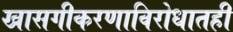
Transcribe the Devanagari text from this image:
खासगीकरणाविरोधातही